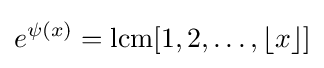
e^{\psi (x)}=\operatorname {lcm} [1,2,\dots ,\lfloor x\rfloor ]